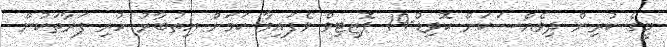
މީގެ ކުރިން ދިވެއްސަކަށް ކޮވިޑް-19 ޕޮޒިޓިވް ވެފައިވާ ކަމަށް އިތުބާރު ހުރި ފަރާތަކުން